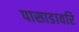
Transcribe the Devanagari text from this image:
पासाडावरि